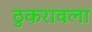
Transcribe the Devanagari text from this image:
ठुकरावला